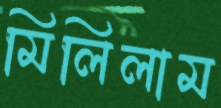
মিলিলাম